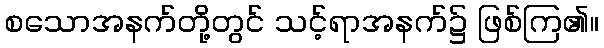
စသောအနက်တို့တွင် သင့်ရာအနက်၌ ဖြစ်ကြ၏။